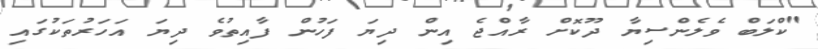
"ކްލަބް ވެލެންސިޔާ ދޫކޮށް ރާއްޖެ އިން ދިޔަ ފަހުން ފާއިތުވެ ދިޔަ އަހަރުތަކުގައި